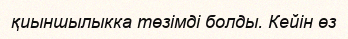
қиыншылыкка төзімді болды. Кейін өз